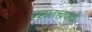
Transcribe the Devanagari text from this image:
परमतत्त्ववादी